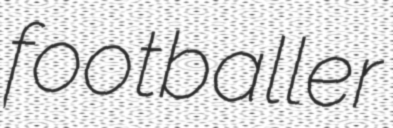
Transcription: footballer